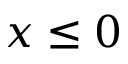
x \le 0